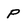
Character: P